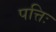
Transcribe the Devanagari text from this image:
पत्तिः